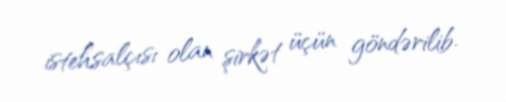
istehsalçısı olan şirkət üçün göndərilib.